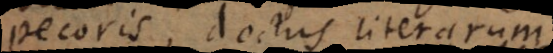
pecoris, doctus literarum.